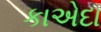
કાએદા